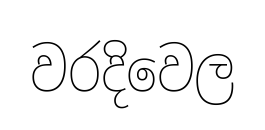
වරදිවෙල